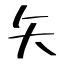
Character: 矢